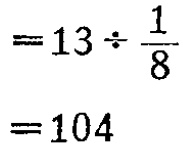
\[
\begin{align*}
&=13\div\frac{1}{8}\\
&=104
\end{align*}
\]